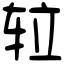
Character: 䢂